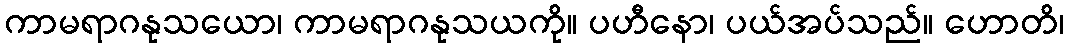
ကာမရာဂနုသယော၊ ကာမရာဂနုသယကို။ ပဟီနော၊ ပယ်အပ်သည်။ ဟောတိ၊